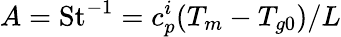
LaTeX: A=\mathrm{St}^{-1}=c_{p}^{i}(T_{m}-T_{g0})/L